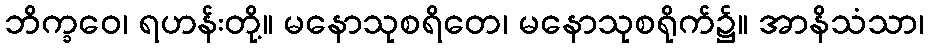
ဘိက္ခဝေ၊ ရဟန်းတို့။ မနောသုစရိတေ၊ မနောသုစရိုက်၌။ အာနိသံသာ၊